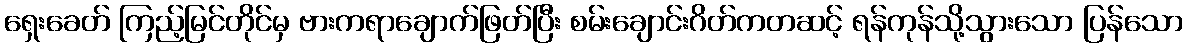
ရှေးခေတ် ကြည့်မြင်တိုင်မှ ဗားကရာချောက်ဖြတ်ပြီး စမ်းချောင်းဂိတ်ကတဆင့် ရန်ကုန်သို့သွားသော ပြန်သော